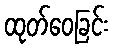
ထုတ်ဝေခြင်း